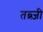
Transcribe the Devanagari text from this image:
तब्र्ज़ी